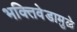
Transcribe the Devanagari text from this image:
भक्तिवेडामुळे